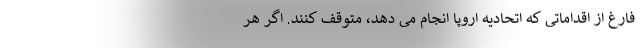
فارغ از اقداماتی که اتحادیه اروپا انجام می دهد، متوقف کنند. اگر هر